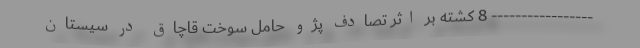
----------------- 8 کشته بر اثر تصادف پژو حامل سوخت قاچاق در سیستان